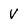
Character: V